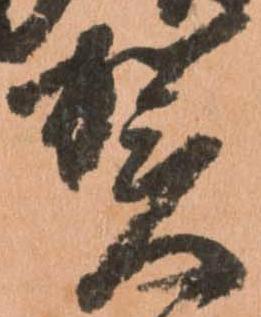
賀